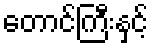
တောင်ကြီးနှင့်